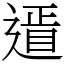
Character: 䢥